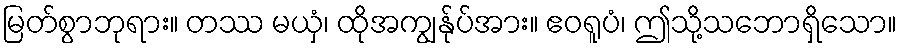
မြတ်စွာဘုရား။ တဿ မယှံ၊ ထိုအကျွန်ုပ်အား။ ဧဝရူပံ၊ ဤသို့သဘောရှိသော။